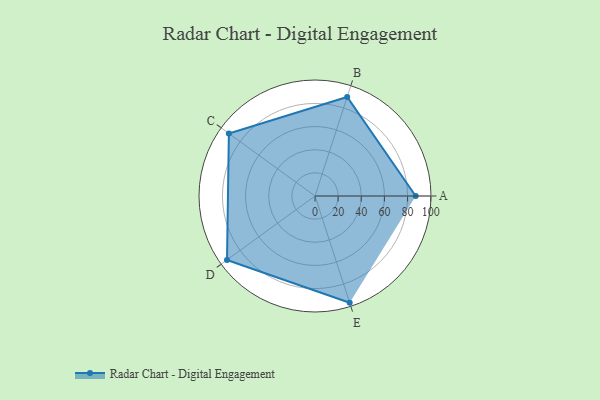
{"axis": {"x": "Skill", "y": "Score"}, "legend": ["Profile"], "data": [{"x": "A", "y": 87.0, "type": "Profile"}, {"x": "B", "y": 90.0, "type": "Profile"}, {"x": "C", "y": 92.0, "type": "Profile"}, {"x": "D", "y": 94.0, "type": "Profile"}, {"x": "E", "y": 97.0, "type": "Profile"}]}